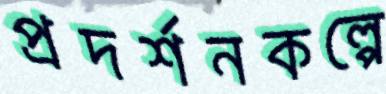
প্রদর্শনকল্পে